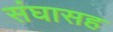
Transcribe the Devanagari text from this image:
संघासह